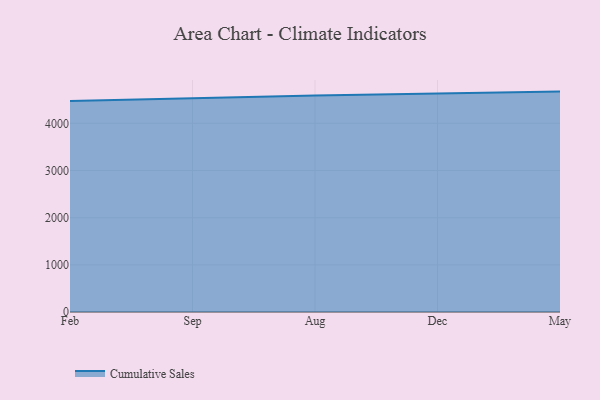
{"axis": {"x": "Month", "y": "Satisfaction Score"}, "legend": ["Cumulative Sales"], "data": [{"x": "Feb", "y": 4471.7, "type": "Cumulative Sales"}, {"x": "Sep", "y": 4536.3, "type": "Cumulative Sales"}, {"x": "Aug", "y": 4591.5, "type": "Cumulative Sales"}, {"x": "Dec", "y": 4629.9, "type": "Cumulative Sales"}, {"x": "May", "y": 4672.3, "type": "Cumulative Sales"}]}